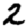
Digit: 2